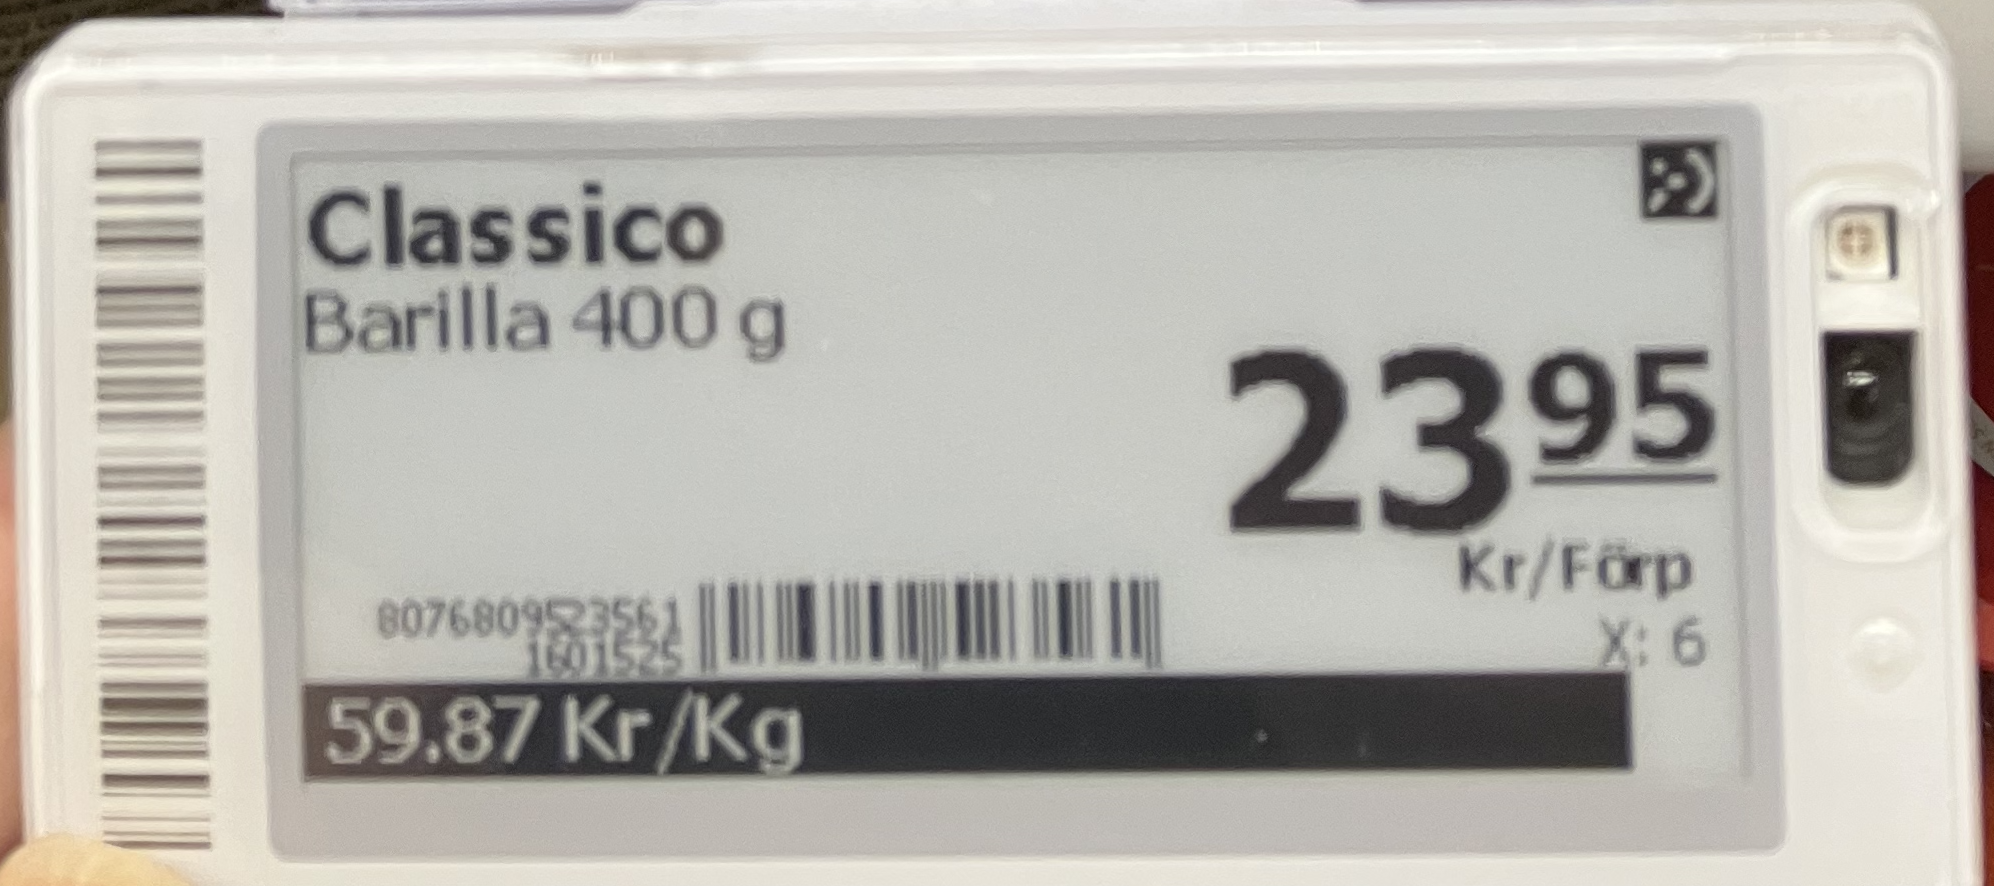
Vara: Classico
Genomsnittspris: 59.87 per kg